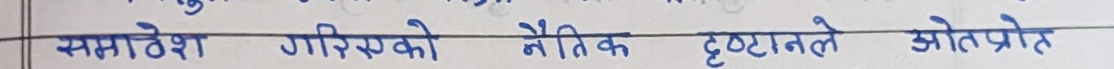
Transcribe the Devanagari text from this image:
समावेश गरिरहेको नैतिक दृष्टान्तले ओतप्रोत